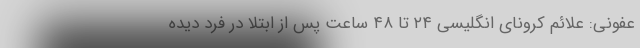
عفونی: علائم کرونای انگلیسی ۲۴ تا ۴۸ ساعت پس از ابتلا در فرد دیده